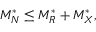
\begin{array} { r } { M _ { N } ^ { * } \le M _ { R } ^ { * } + M _ { X } ^ { * } , } \end{array}